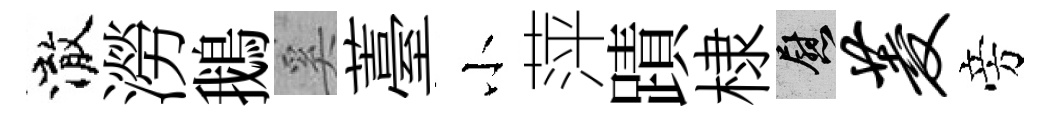
澈澇鵝奚薹小萍蹟棣慰菱旁